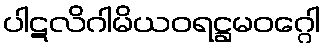
ပါဋလိဂါမိယဝရဋ္ဌမဝဂ္ဂေါ